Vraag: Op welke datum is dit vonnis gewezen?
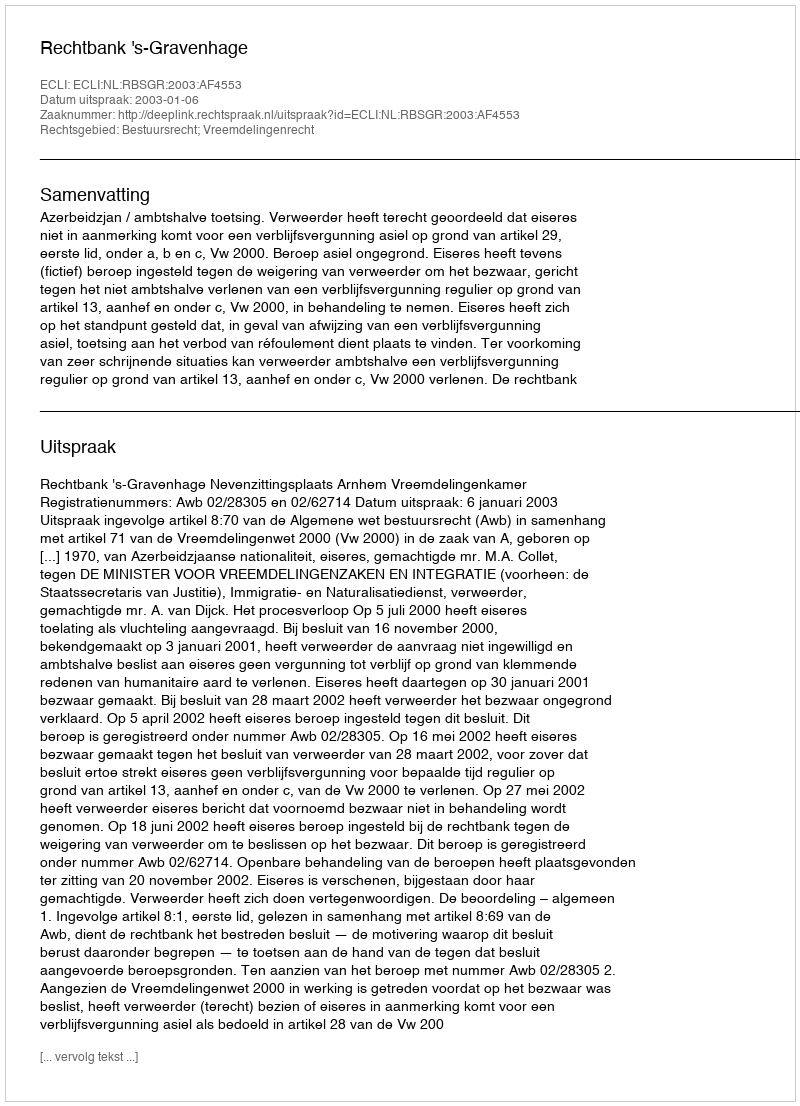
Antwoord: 2003-01-06